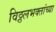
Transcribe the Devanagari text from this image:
विठ्ठलभक्तांच्या